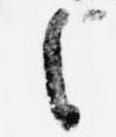
之